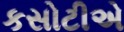
કસોટીએ